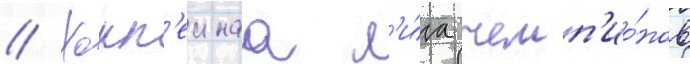
// Хокк'еинаа л'и́га чемп'ио́нов